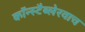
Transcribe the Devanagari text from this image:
कॉन्स्टैब्लेरवाच